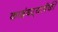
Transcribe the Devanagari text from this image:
कादंबऱ्यापैकी